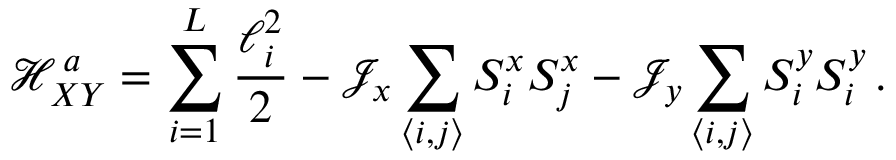
\mathcal { H } _ { X Y } ^ { \, a } = \sum _ { i = 1 } ^ { L } \frac { \ell _ { i } ^ { 2 } } { 2 } - \mathcal { J } _ { x } \sum _ { \langle i , j \rangle } S _ { i } ^ { x } S _ { j } ^ { x } - \mathcal { J } _ { y } \sum _ { \langle i , j \rangle } S _ { i } ^ { y } S _ { i } ^ { y } \, .